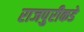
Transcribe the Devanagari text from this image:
राजपुरीकडे